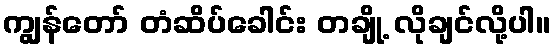
ကျွန်တော် တံဆိပ်ခေါင်း တချို့ လိုချင်လို့ပါ။